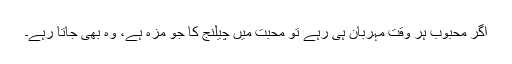
اگر محبوب ہر وقت مہربان ہی رہے تو محبت میں چیلنج کا جو مزہ ہے، وہ بھی جاتا رہے۔